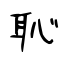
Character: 恥